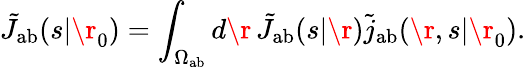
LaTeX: \tilde{J}_{\mathrm{{ab}}}(s|\r_{0})=\int_{\Omega_{\mathrm{{ab}}}}d\r\, \tilde{J}_{\mathrm{{ab}}}(s|\r)\tilde{j}_{\mathrm{{ab}}}(\r,s|\r_{0}).